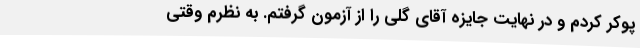
پوکر کردم و در نهایت جایزه آقای گلی را از آزمون گرفتم. به نظرم وقتی